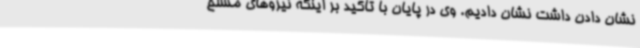
نشان دادن داشت نشان دادیم. وی در پایان با تاکید بر اینکه نیروهای مسلح